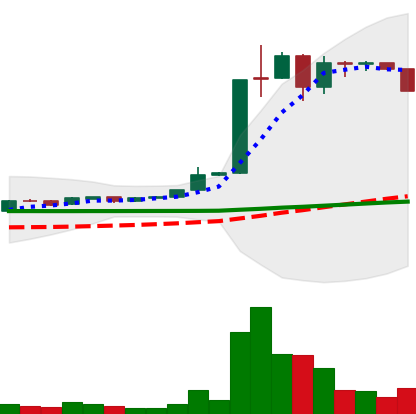
Ticker: LTC-USD
Chart end date: 2015-06-24
Forward return: 34.473%
Label: up_7plus